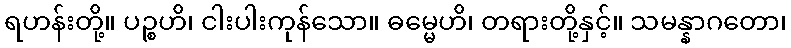
ရဟန်းတို့။ ပဉ္စဟိ၊ ငါးပါးကုန်သော။ ဓမ္မေဟိ၊ တရားတို့နှင့်။ သမန္နာဂတော၊